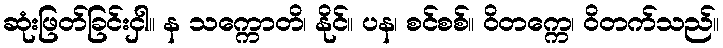
ဆုံးဖြတ်ခြင်းငှါ။ န သက္ကောတိ၊ နိုင်။ ပန၊ စင်စစ်။ ဝိတက္ကေ၊ ဝိတက်သည်။